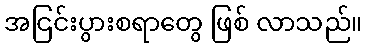
အငြင်းပွားစရာတွေ ဖြစ် လာသည်။